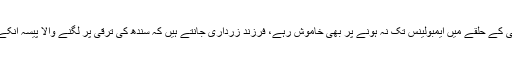
مراد سعید بولے کہ جانشین زرداری اپنے وزیر اعلی کے حلقے میں ایمبولینس تک نہ ہونے پر بھی خاموش رہے، فرزند زرداری جانتے ہیں کہ سندھ کی ترقی پر لگنے والا پیسہ انکے فیک اکائونٹ اور خرچوں میں استعمال ہو رہا ہے۔